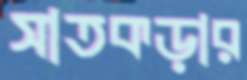
সাতকড়ার